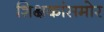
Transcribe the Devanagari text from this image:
शिक्षकांसमोर